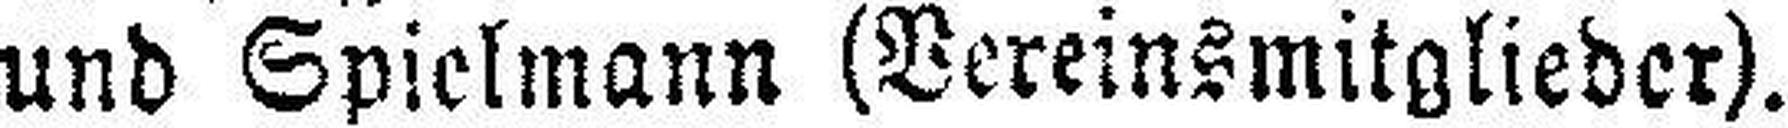
und Spielmann (Vereinsmitglieder).